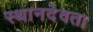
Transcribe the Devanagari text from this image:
स्थानदेवता